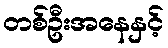
တစ်ဦးအနေနှင့်